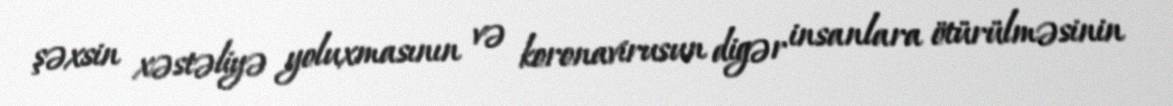
şəxsin xəstəliyə yoluxmasının və koronavirusun digər insanlara ötürülməsinin